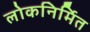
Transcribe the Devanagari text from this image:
लोकनिर्मित